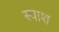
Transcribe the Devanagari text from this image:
स्पाश